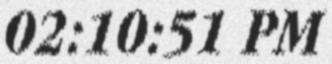
02:10:51 PM